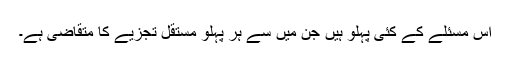
اس مسئلے کے کئی پہلو ہیں جن میں سے ہر پہلو مستقل تجزیے کا متقاضی ہے۔